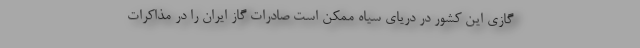
گازی این کشور در دریای سیاه ممکن است صادرات گاز ایران را در مذاکرات